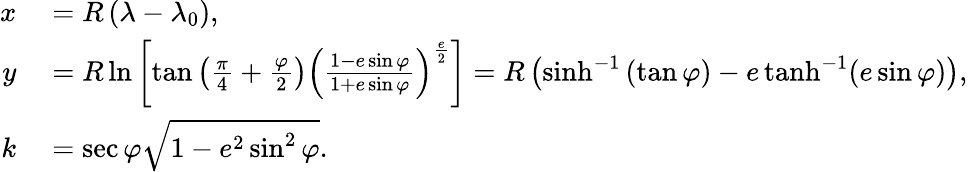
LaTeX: \begin{array}{rl}{x}&{{}=R\left(\lambda-\lambda_{0}\right),}\\ {y}&{{}=R\ln\left[\tan\left({\frac{\pi}{4}}+{\frac{\varphi}{2}}\right)\left({\frac{1-e\sin\varphi}{1+e\sin\varphi}}\right)^{\frac{e}{2}}\right]=R\left(\sinh^{-1}\left(\tan\varphi\right)-e\operatorname{tanh}^{-1}(e\sin\varphi)\right),}\\ {k}&{{}=\sec\varphi{\sqrt{1-e^{2}\sin^{2}\varphi}}.}\end{array}